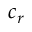
c _ { r }